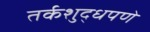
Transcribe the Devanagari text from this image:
तर्कशुद्धपणे